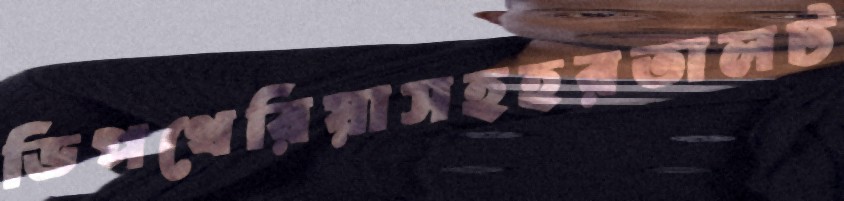
ডিপথেরিয়াসহহরতালট